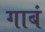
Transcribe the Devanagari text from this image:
गाबं